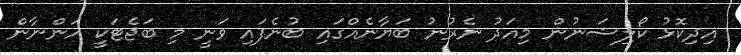
އިދިކޮޅު ކޯލިޝަނުން މިއަދު ނެރުނު ބަޔާނެއްގައި ބުނެފައި ވަނީ މި ބަޖެޓަަކީ އަންނާން